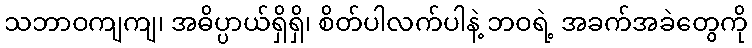
သဘာဝကျကျ၊ အဓိပ္ပာယ်ရှိရှိ၊ စိတ်ပါလက်ပါနဲ့ ဘဝရဲ့ အခက်အခဲတွေကို